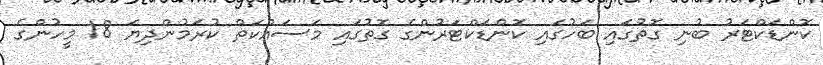
ކޮންޑަކްޓަރު ބުނި ގޮތުގައި ބަހުގައި ކޮންޑަކްޓަރުންގެ ގޮތުގައި މަސައްކަތް ކުރަމުންދިޔަ 18 މީހުންގެ